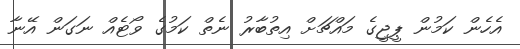
އެހެން ކަމުން ޕީޖީގެ މައްޗަށް އިތުބާރު ނެތް ކަމުގެ ވޯޓެއް ނަގަން އޭނާ